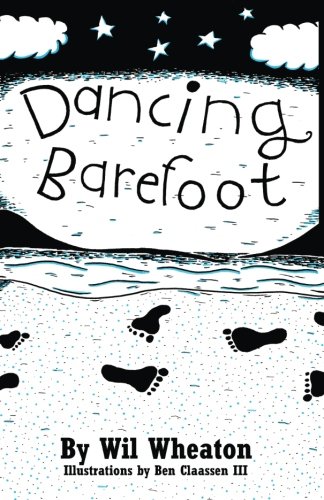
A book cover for Dancing Barefoot; Wil Wheaton; Computers & Technology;